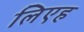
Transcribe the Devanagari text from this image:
लिएह